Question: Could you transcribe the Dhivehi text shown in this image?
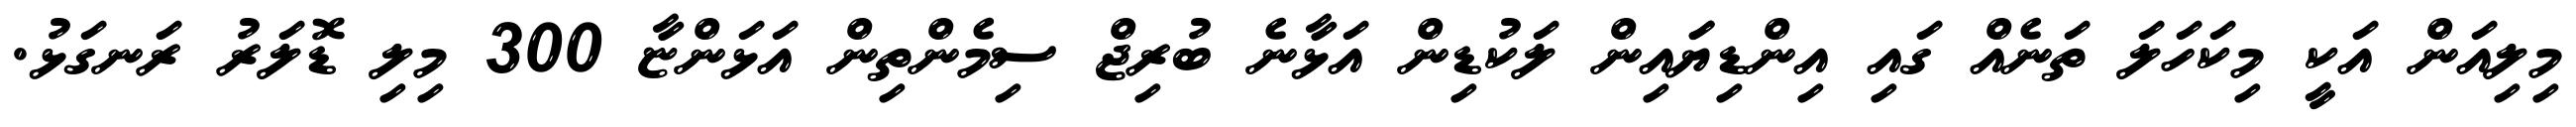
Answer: މިލިއަން އަކީ މިކަހަލަ ތަނެއް ގައި އިންޑިޔަައިން ލަކުޑިން އަޅާނެ ބުރިޖް ސިމެންތިން އަޅަންޏާ 300 މިލި ޑޮލަރު ރަނގަޅު.